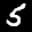
Label: 5